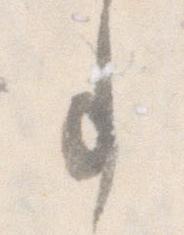
事